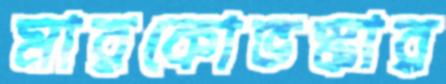
মারকোভস্কার